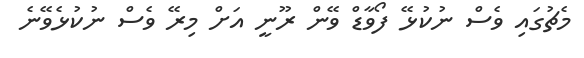
މެޗުގައި ވެސް ނުކުޅޭ ފޯވާޑް ވޭން ރޫނީ އަށް މިރޭ ވެސް ނުކުޅެވޭނެ